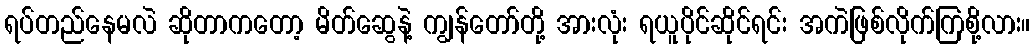
ရပ်တည်နေမလဲ ဆိုတာကတော့ မိတ်ဆွေနဲ့ ကျွန်တော်တို့ အားလုံး ရယူပိုင်ဆိုင်ရင်း အကဲဖြစ်လိုက်ကြစို့လား။